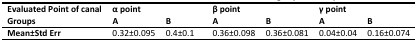
<table><thead><tr><td><b>Evaluated Point of canal</b></td><td colspan="2"><b>α point</b></td><td colspan="2"><b>β point</b></td><td colspan="2"><b>γ point</b></td></tr><tr><td><b>Groups</b></td><td><b>A</b></td><td><b>B</b></td><td><b>A</b></td><td><b>B</b></td><td><b>A</b></td><td><b>B</b></td></tr></thead><tbody><tr><td><b>Mean±Std Err</b></td><td>0.32±0.095</td><td>0.4±0.1</td><td>0.36±0.098</td><td>0.36±0.081</td><td>0.04±0.04</td><td>0.16±0.074</td></tr></tbody></table>